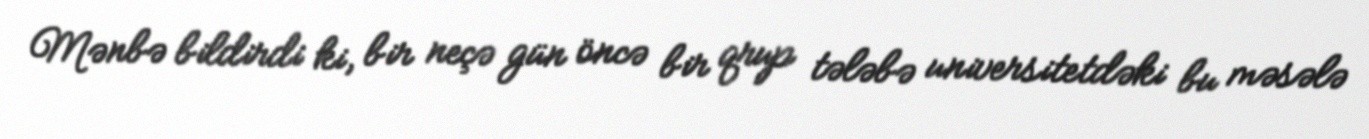
Mənbə bildirdi ki, bir neçə gün öncə bir qrup tələbə universitetdəki bu məsələ